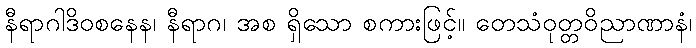
နီရာဂါဒိဝစနေန၊ နီရာဂ၊ အစ ရှိသော စကားဖြင့်။ တေသံဝုတ္တဝိညာဏာနံ၊